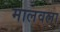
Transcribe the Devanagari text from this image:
मालवला